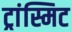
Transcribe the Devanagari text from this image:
ट्रांस्मिट